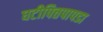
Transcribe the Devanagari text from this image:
घटीपित्तपापडा